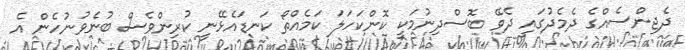
ދެޖިންސެއްގެ ދެމެދުގައި ދެވޭ ބޮސްދިނުމަކީ ކޮންކަހަލަ ކަމެއްތޯ ކަނޑައެޅޭނީ ކުރިންވެސް ބުނެވުނުހެން އެ